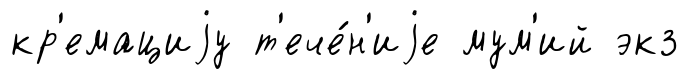
кр'емациjу т'ече́н'иjе мум'ий экз